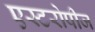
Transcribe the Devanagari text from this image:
एस्टरोपीज